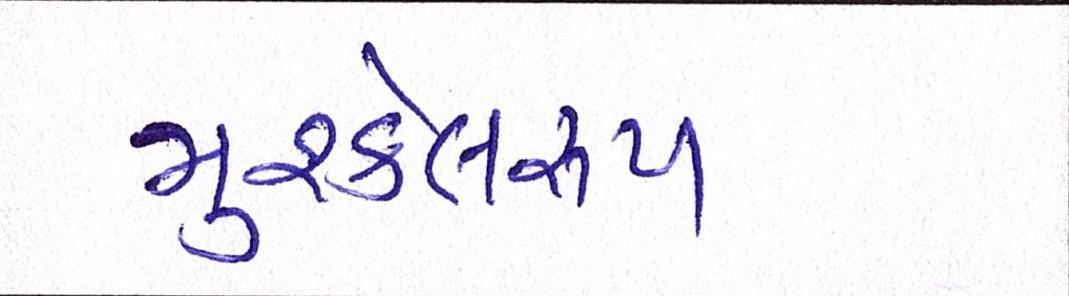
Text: મુશ્કેલરૂપ